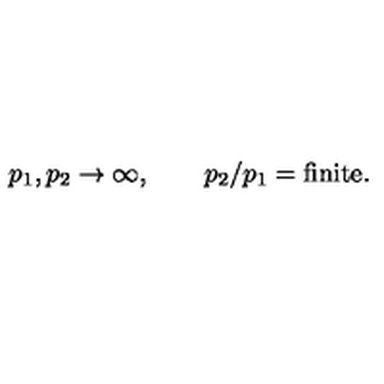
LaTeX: p _ { 1 } , p _ { 2 } \to \infty , \qquad p _ { 2 } / p _ { 1 } = \mathrm { f i n i t e } .